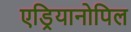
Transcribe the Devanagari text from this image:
एड्रियानोपिल